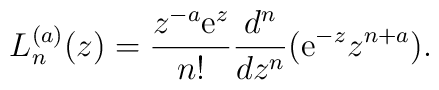
L_n^{(a)}(z) = \frac{z^{-a} {\rm e}^{z}}{n!}\frac{d^n}{dz^n}({\rm e}^{- z} z^{n + a}).